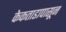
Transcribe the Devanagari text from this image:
केकताडापासून